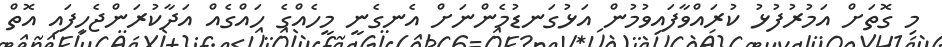
މި ގޮތަށް އަމުރުފުޅު ކުރައްވާފައިވުމުން އަޅުގަނޑުމެންނަށް އެނގެނީ މީހެއްގެ ހައްގެއް އަދާކުރަންޖެހިފައި އޮތް